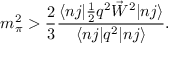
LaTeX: m _ { \pi } ^ { 2 } > \frac { 2 } { 3 } \frac { \langle n j | \frac { 1 } { 2 } q ^ { 2 } \vec { W } ^ { 2 } | n j \rangle } { \langle n j | q ^ { 2 } | n j \rangle } .